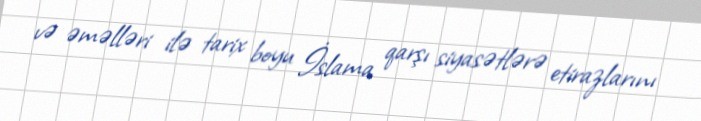
və əməlləri ilə tarix boyu İslama qarşı siyasətlərə etirazlarını